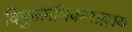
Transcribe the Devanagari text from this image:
विमुक्तगणिकासङ्गाय